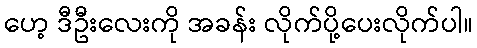
ဟေ့ ဒီဦးလေးကို အခန်း လိုက်ပို့ပေးလိုက်ပါ။